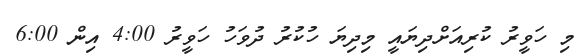
މި ހަވީރު ކުރިއަށްދިޔައީ މިދިޔަ ހުކުރު ދުވަހު ހަވީރު 4:00 އިން 6:00